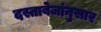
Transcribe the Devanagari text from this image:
दस्तावेजांनुसार